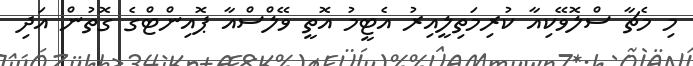
މި މެޗާ ސްލޮވޭކިއާ ކުރިމަތިލީއިރު އެޓީމު އޮތީ ވޭލްސްއާ ޕޮއިންޓްގެ ގޮތުން އަދި